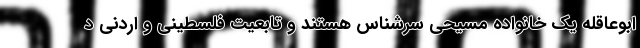
ابوعاقله یک خانواده مسیحی سرشناس هستند و تابعیت فلسطینی و اردنی د